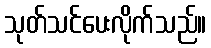
သုတ်သင်ပေးလိုက်သည်။